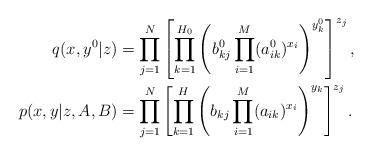
LaTeX: \begin{align*}q(x,y^0|z) & = \prod_{j=1}^N \left[\prod_{k=1}^{H_0} \left(b^0_{kj} \prod_{i=1}^M (a^0_{ik})^{x_{i}}\right)^{y^0_k}\right]^{z_j}, \\p(x,y|z,A,B) & = \prod_{j=1}^N \left[\prod_{k=1}^{H} \left(b_{kj} \prod_{i=1}^M (a_{ik})^{x_{i}}\right)^{y_k}\right]^{z_j}. \end{align*}